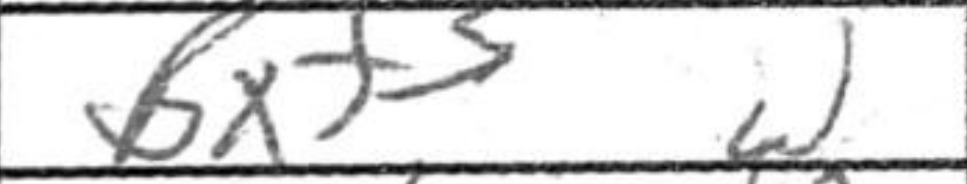
Transcription: Bxf3